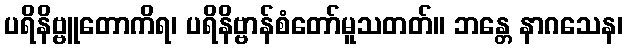
ပရိနိဗ္ဗူတောကိရ၊ ပရိနိဗ္ဗာန်စံတော်မူသတတ်။ ဘန္တေ နာဂသေန၊